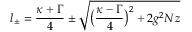
l _ { \pm } = \frac { \kappa + \Gamma } { 4 } \pm \sqrt { \big ( \frac { \kappa - \Gamma } { 4 } \big ) ^ { 2 } + 2 g ^ { 2 } N z }